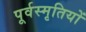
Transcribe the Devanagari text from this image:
पूर्वस्मृतियों